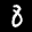
Label: 8